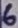
Text: 6